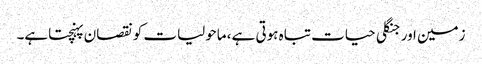
زمین اور جنگلی حیات تباہ ہوتی ہے، ماحولیات کو نقصان پہنچتاہے۔